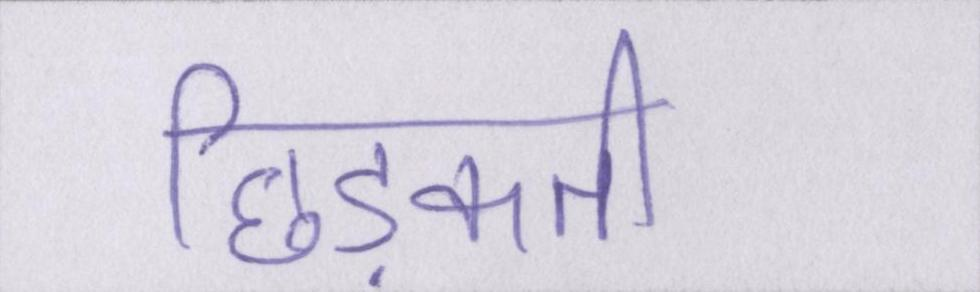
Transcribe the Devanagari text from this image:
छिड़कती